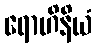
ရောဟိနိယံ